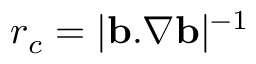
r _ { c } = | \mathbf { b } . \nabla \mathbf { b } | ^ { - 1 }